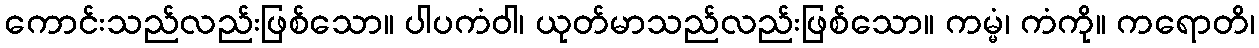
ကောင်းသည်လည်းဖြစ်သော။ ပါပကံဝါ၊ ယုတ်မာသည်လည်းဖြစ်သော။ ကမ္မံ၊ ကံကို။ ကရောတိ၊